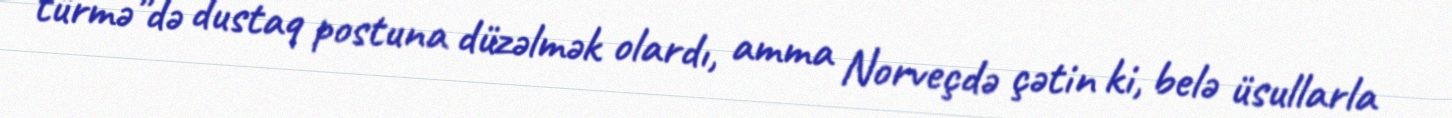
türmə”də dustaq postuna düzəlmək olardı, amma Norveçdə çətin ki, belə üsullarla